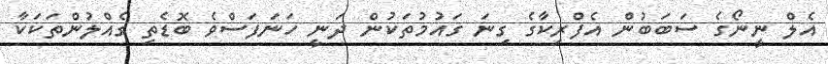
އެލް ނީނޯގެ ސަބަބުން އެފްރިކާގެ ގިނަ ގައުމުތަކުން ދަނީ ހަނަފަސްވެ ބޮޑެތި ގެއްލުންތަކަކާ